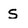
Character: s